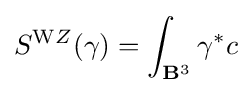
S^{\mathrm {W} Z}(\gamma )=\int _{\mathbf {B} ^{3}}\gamma ^{*}c